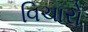
વિચારો